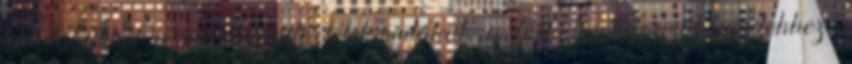
tudatalattiból a megoldandó lélekmintákat, a férfi teret formál mindehhez,